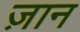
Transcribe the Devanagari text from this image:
ज़ान